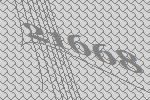
21668